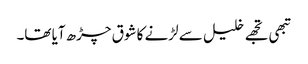
تبھی تجھے خلیل سے لڑنے کا شوق چڑھ آیا تھا۔